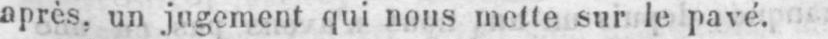
après, un jugement qui nous mette sur le pavé.